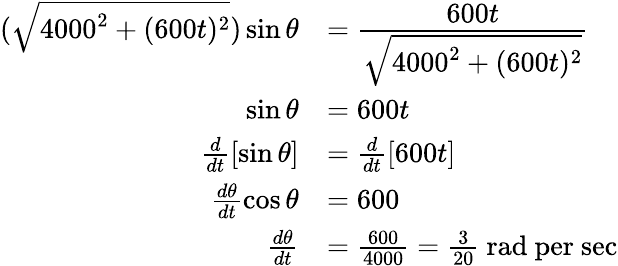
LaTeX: \begin{array}{rl}{(\sqrt{4000^{2}+(600t)^{2}})\sin\theta}&{=\cfrac{600t}{\sqrt{4000^{2}+(600t)^{2}}}}\\ {\sin\theta}&{=600t}\\ {\frac{d}{dt}[\sin\theta]}&{=\frac{d}{dt}[600t]}\\ {\frac{d\theta}{dt}\cos\theta}&{=600}\\ {\frac{d\theta}{dt}}&{=\frac{600}{4000}=\frac{3}{20}\mathrm{~rad~per~sec}}\end{array}